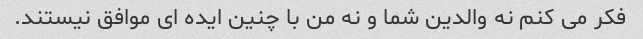
فکر می کنم نه والدین شما و نه من با چنین ایده ای موافق نیستند.